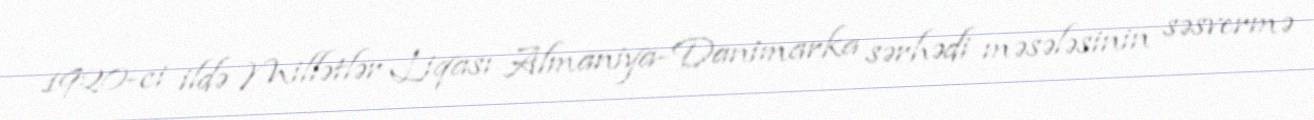
1920-ci ildə Millətlər Liqası Almaniya-Danimarka sərhədi məsələsinin səsvermə